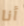
أنا